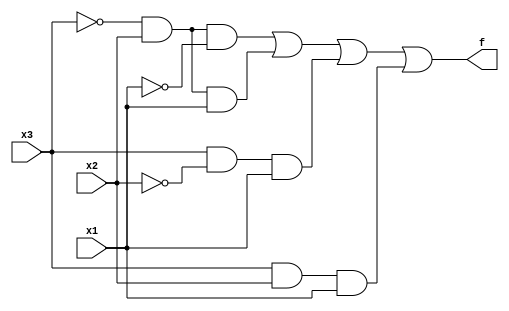
module top_module( 
    input x3,
    input x2,
    input x1,
    output f
);

    wire term_2, term_3, term_5, term_7;

    // Create the product terms for each of the rows where output f is 1
    assign term_2 = ~x3 & x2 & ~x1;  // For input (0, 1, 0)
    assign term_3 = ~x3 & x2 & x1;   // For input (0, 1, 1)
    assign term_5 = x3 & ~x2 & x1;   // For input (1, 0, 1)
    assign term_7 = x3 & x2 & x1;    // For input (1, 1, 1)

    // Sum-of-products
    assign f = term_2 | term_3 | term_5 | term_7;

endmodule